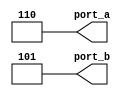
module OPR_NR_LOSD(port_a,port_b);
   output [2:0] port_a;
   output [2:0] port_b; 
   assign port_a = 4'b1111 + 4'b0111;
   assign port_b = 3'b111 * 3'b011;
endmodule